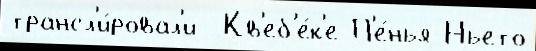
трансл'и́ровал'и  Кв'еб'е́к'е П'е́нья-Ньето